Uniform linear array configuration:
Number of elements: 32
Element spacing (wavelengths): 0.75
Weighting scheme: kaiser
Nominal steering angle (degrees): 45
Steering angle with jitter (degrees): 45.652
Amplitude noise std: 0.05
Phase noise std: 0.05

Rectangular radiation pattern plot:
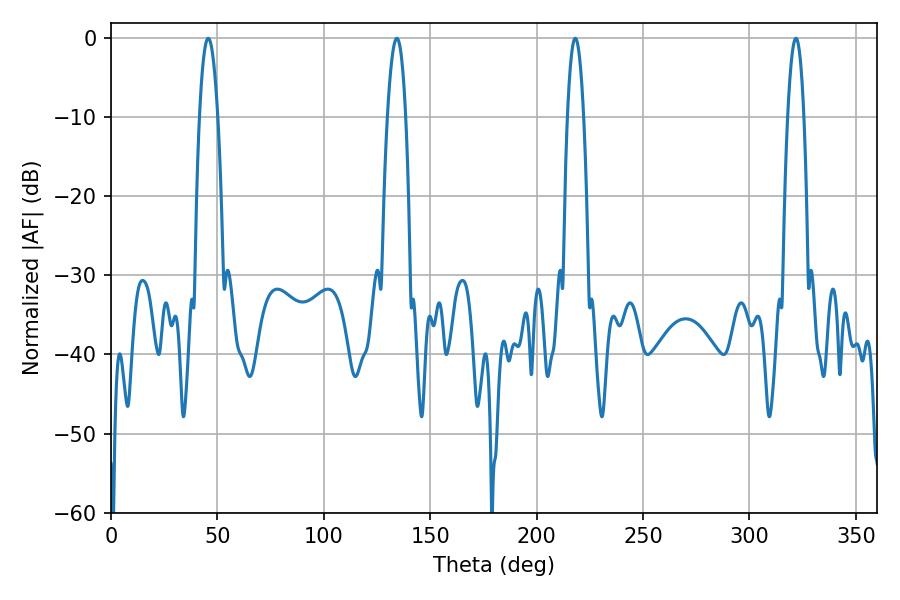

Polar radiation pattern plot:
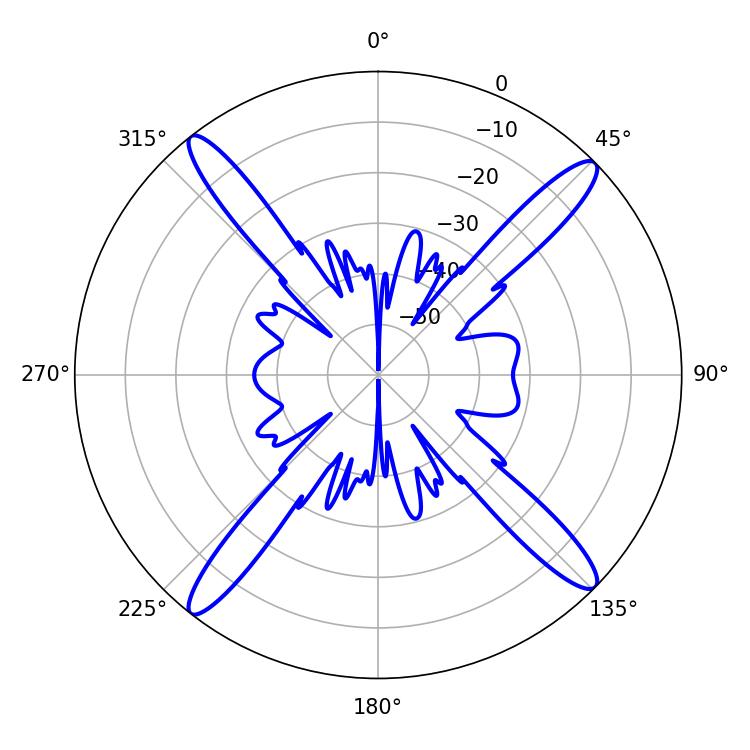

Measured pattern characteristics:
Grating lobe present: TRUE
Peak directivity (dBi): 18.204
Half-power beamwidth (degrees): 4.14
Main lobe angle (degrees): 218.16